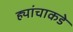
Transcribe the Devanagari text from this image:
ह्यांचाकडे